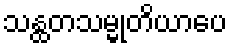
သန္ထတသမ္မုတိယာပေ